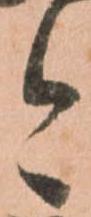
今